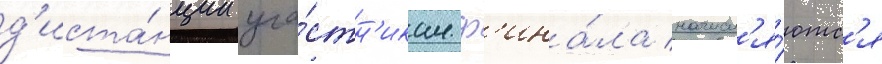
д'иста́нции уча́стн'икам ф'ина́ла начисл'я́ютс'я